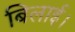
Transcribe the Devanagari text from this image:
बिलाई।